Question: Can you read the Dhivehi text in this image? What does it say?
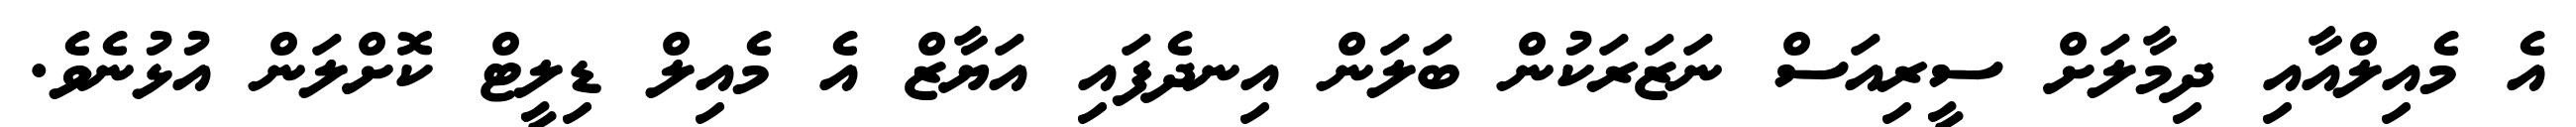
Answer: އެ މެއިލްއާއި ދިމާލަށް ސީރިއަސް ނަޒަރަކުން ބަލަން އިނދެފައި އަޔާޒް އެ މެއިލް ޑިލީޓް ކޮށްލަން އުޅުނެވެ.